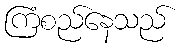
ကြံစည်နေသည်